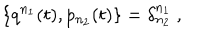
\{ q ^ { n _ { 1 } } ( t ) , p _ { n _ { 2 } } ( t ) \} = \delta _ { n _ { 2 } } ^ { n _ { 1 } } \ ,